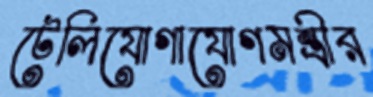
টেলিযোগাযোগমন্ত্রীর